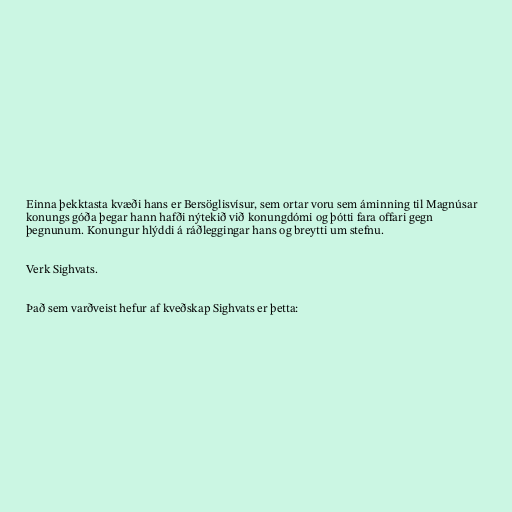
Einna þekktasta kvæði hans er Bersöglisvísur, sem ortar voru sem áminning til Magnúsar
konungs góða þegar hann hafði nýtekið við konungdómi og þótti fara offari gegn
þegnunum. Konungur hlýddi á ráðleggingar hans og breytti um stefnu.

Verk Sighvats.

Það sem varðveist hefur af kveðskap Sighvats er þetta: